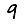
Digit: 9